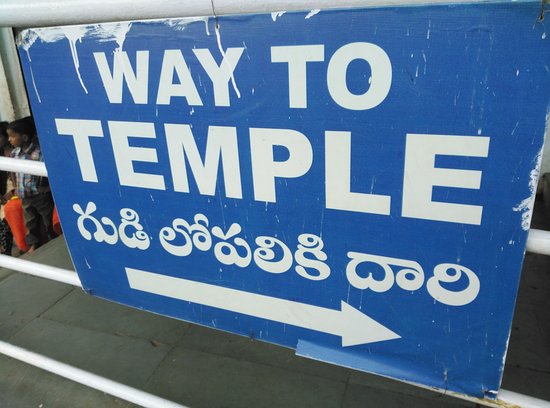
Language: telugu
Transcription: గుడి లోపలికి దారి